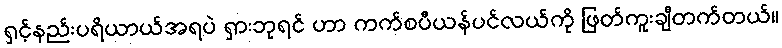
ရှင့်နည်းပရိယာယ်အရပဲ ရှားဘုရင် ဟာ ကက်စပီယန်ပင်လယ်ကို ဖြတ်ကူးချီတက်တယ်။